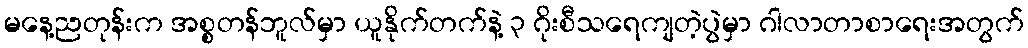
မနေ့ညတုန်းက အစ္စတန်ဘူလ်မှာ ယူနိုက်တက်နဲ့ ၃ ဂိုးစီသရေကျတဲ့ပွဲမှာ ဂါလာတာစာရေးအတွက်